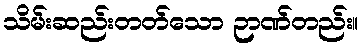
သိမ်းဆည်းတတ်သော ဉာဏ်တည်း။